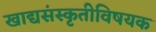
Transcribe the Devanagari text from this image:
खाद्यसंस्कृतीविषयक